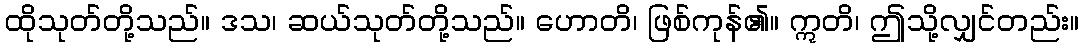
ထိုသုတ်တို့သည်။ ဒသ၊ ဆယ်သုတ်တို့သည်။ ဟောတိ၊ ဖြစ်ကုန်၏။ ဣတိ၊ ဤသို့လျှင်တည်း။